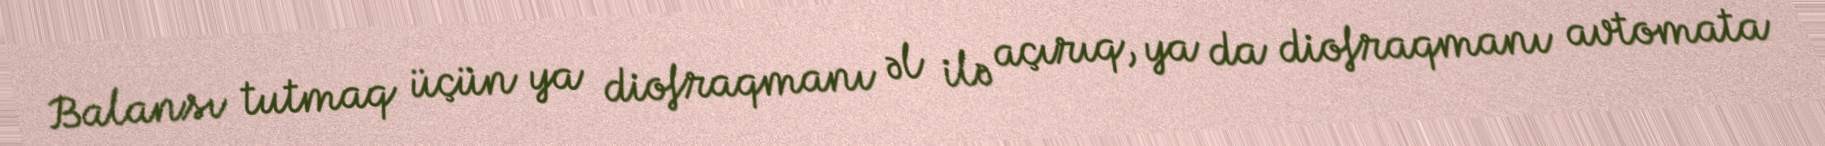
Balansı tutmaq üçün ya diofraqmanı əl ilə açırıq, ya da diofraqmanı avtomata